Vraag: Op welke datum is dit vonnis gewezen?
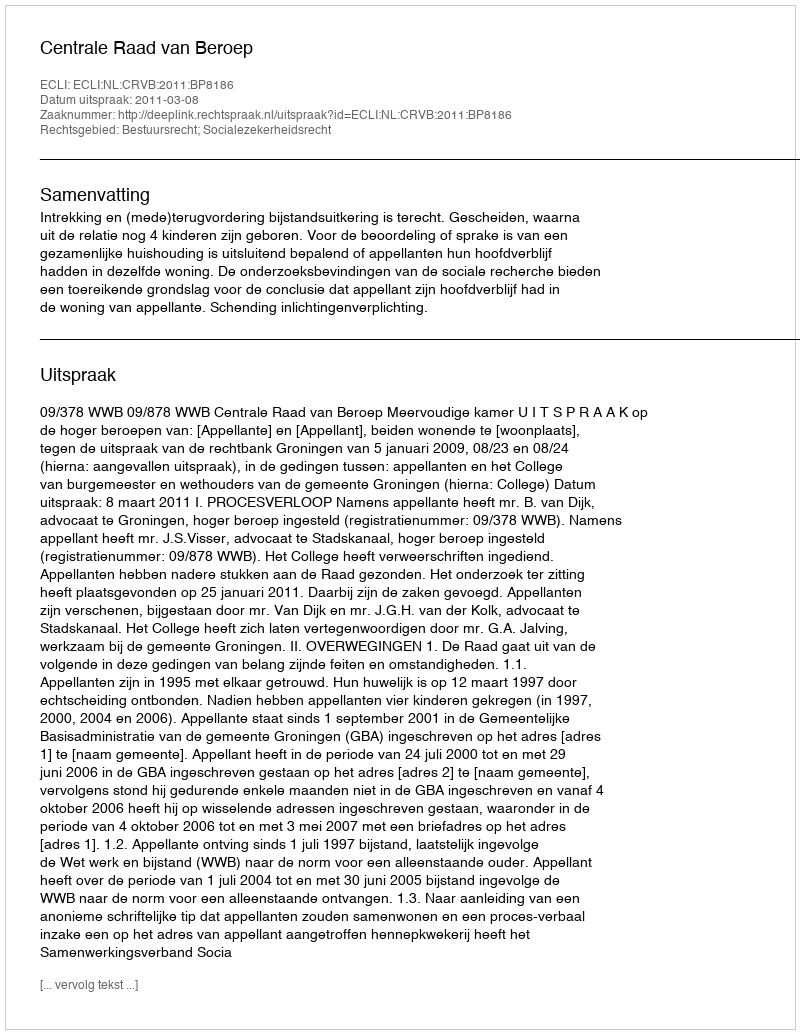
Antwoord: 2011-03-08